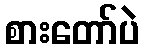
စားတော်ပဲ